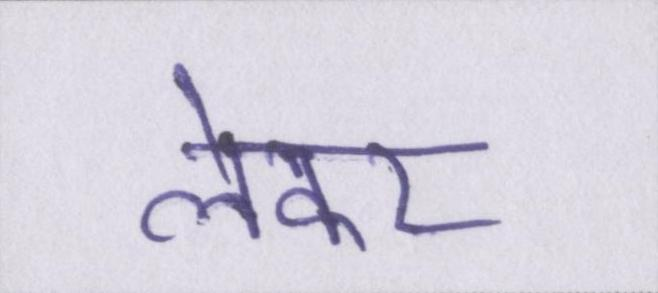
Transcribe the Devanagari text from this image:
लेकर